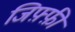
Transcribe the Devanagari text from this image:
जिफ़्फ़ी